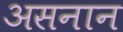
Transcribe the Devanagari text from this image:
असनान